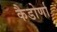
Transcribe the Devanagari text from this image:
कैडोर्णा